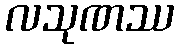
လသုဏဿ